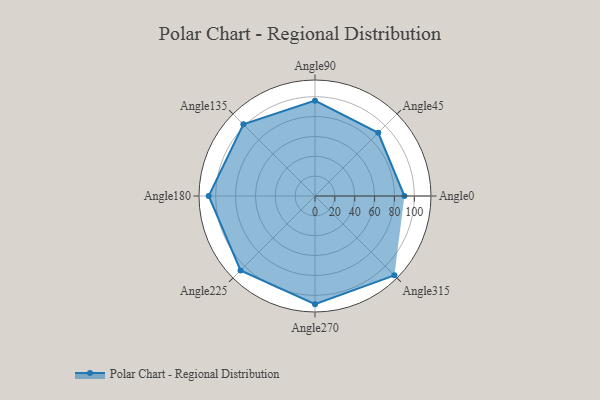
{"axis": {"x": "Angle", "y": "Radius"}, "legend": [""], "data": [{"x": "Angle0", "y": 90.0, "type": ""}, {"x": "Angle45", "y": 90.0, "type": ""}, {"x": "Angle90", "y": 96.0, "type": ""}, {"x": "Angle135", "y": 102.0, "type": ""}, {"x": "Angle180", "y": 107.0, "type": ""}, {"x": "Angle225", "y": 106.0, "type": ""}, {"x": "Angle270", "y": 109.0, "type": ""}, {"x": "Angle315", "y": 113.0, "type": ""}]}